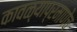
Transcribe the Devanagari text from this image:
कावळ्याप्रमाणेच